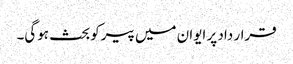
قرار داد پر ایوان میں پیرکوبحث ہوگی۔